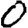
Digit: 0